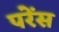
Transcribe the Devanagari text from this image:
परेंस